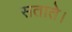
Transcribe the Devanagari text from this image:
सताते।